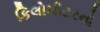
કિલોમીટરનો